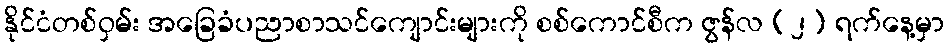
နိုင်ငံတစ်ဝှမ်း အခြေခံပညာစာသင်ကျောင်းများကို စစ်ကောင်စီက ဇွန်လ (၂) ရက်နေ့မှာ